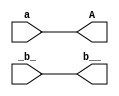
// This program was cloned from: https://github.com/steveicarus/ivtest
// License: GNU General Public License v2.0

module test ( input a, input _b_, output A, output b__);
  assign A = a;
  assign b__ = _b_;
endmodule